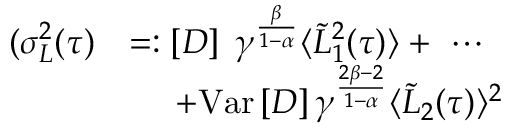
\begin{array} { r l } { ( \sigma _ { L } ^ { 2 } ( \tau ) } & { = : \left[ D \right] \; \gamma ^ { \frac { \beta } { 1 - \alpha } } \langle \tilde { L } _ { 1 } ^ { 2 } ( \tau ) \rangle + \ \cdots } \\ & { \quad \ + \mathrm { V a r } \left[ D \right] \gamma ^ { \frac { 2 \beta - 2 } { 1 - \alpha } } \langle \tilde { L } _ { 2 } ( \tau ) \rangle ^ { 2 } } \end{array}